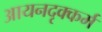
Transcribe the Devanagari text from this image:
आयनदृक्कर्म